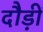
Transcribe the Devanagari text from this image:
दौड़ीं